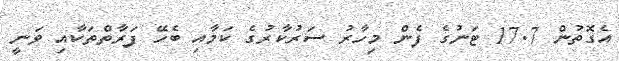
އެގޮތުން 17.7 ޓަނުގެ ފެން މިހާރު ސަރުކާރުގެ ކަމާއި ބެހޭ ފަރާތްތަކާއި ވަނީ